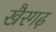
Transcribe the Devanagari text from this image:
खैरगढ़